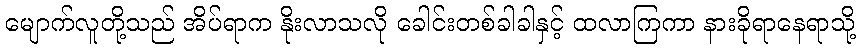
မျောက်လူတို့သည် အိပ်ရာက နိုးလာသလို ခေါင်းတစ်ခါခါနှင့် ထလာကြကာ နားခိုရာနေရာသို့